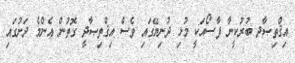
އިޤްތިޞާދ ބުރުކީނާ ފާސޯއަކީ މުޅި ދުނިޔޭގައި ވެސް އިޤްތިޞާދީ ގޮތުން އެންމެ ދަށުގައި